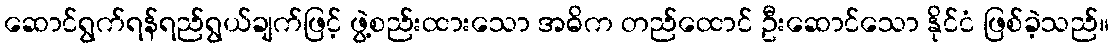
ဆောင်ရွက်ရန်ရည်ရွယ်ချက်ဖြင့် ဖွဲ့စည်းထားသော အဓိက တည်ထောင် ဦးဆောင်သော နိုင်ငံ ဖြစ်ခဲ့သည်။